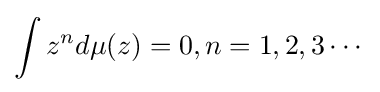
\int z^{n}d\mu (z)=0,n=1,2,3\cdots